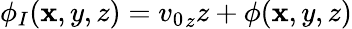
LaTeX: \phi_{I}(\mathbf{x},y,z)={v_{0}}_{z}z+\phi(\mathbf{x},y,z)